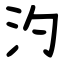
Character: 汋